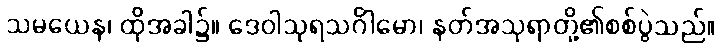
သမယေန၊ ထိုအခါ၌။ ဒေဝါသုရသင်္ဂါမော၊ နတ်အသုရာတို့၏စစ်ပွဲသည်။